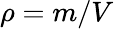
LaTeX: \rho=m/V